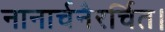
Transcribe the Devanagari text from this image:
नानार्चनैरर्चित।